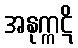
အနုက္ကဋိ